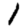
Digit: 1